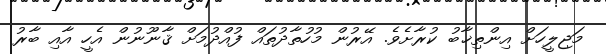
މަޖިލީހަށް އިންތިޚާބު ކުރާށެވެ. އޭރުން މުހުތާދުތައް ފުއްދުމަށް ޤާނޫނުން އެހީ އާއި ބާރު